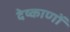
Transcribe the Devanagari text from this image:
देष्काणों